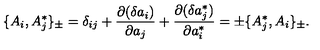
\{ A _ { i } , A _ { j } ^ { * } \} _ { \pm } = \delta _ { i j } + { \frac { \partial ( \delta a _ { i } ) } { \partial a _ { j } } } + { \frac { \partial ( \delta a _ { j } ^ { * } ) } { \partial a _ { i } ^ { * } } } = \pm \{ A _ { j } ^ { * } , A _ { i } \} _ { \pm } .